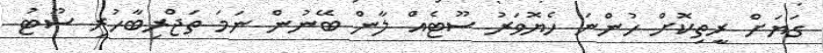
ގަޔަށް ރީތިކޮށް ހުންނަ ހެޔޮވަރު ސޫޓެއް ލާން ބޭނުން ނަމަ ތަޖްރިބާހުރި ސޫޓު